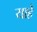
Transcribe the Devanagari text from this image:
याहे